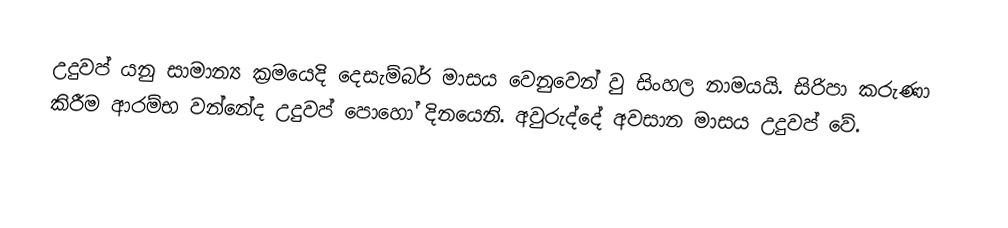
උදුවප් යනු සාමාන්‍ය ක්‍රමයෙදි දෙසැම්බර් මාසය වෙනුවෙන් වු සිංහල නාමයයි. සිරිපා කරුණා කිරීම ආරම්භ වන්නේද උදුවප් පොහෝ දිනයෙනි. අවුරුද්දේ අවසාන මාසය උදුවප් වේ.